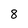
Character: 8